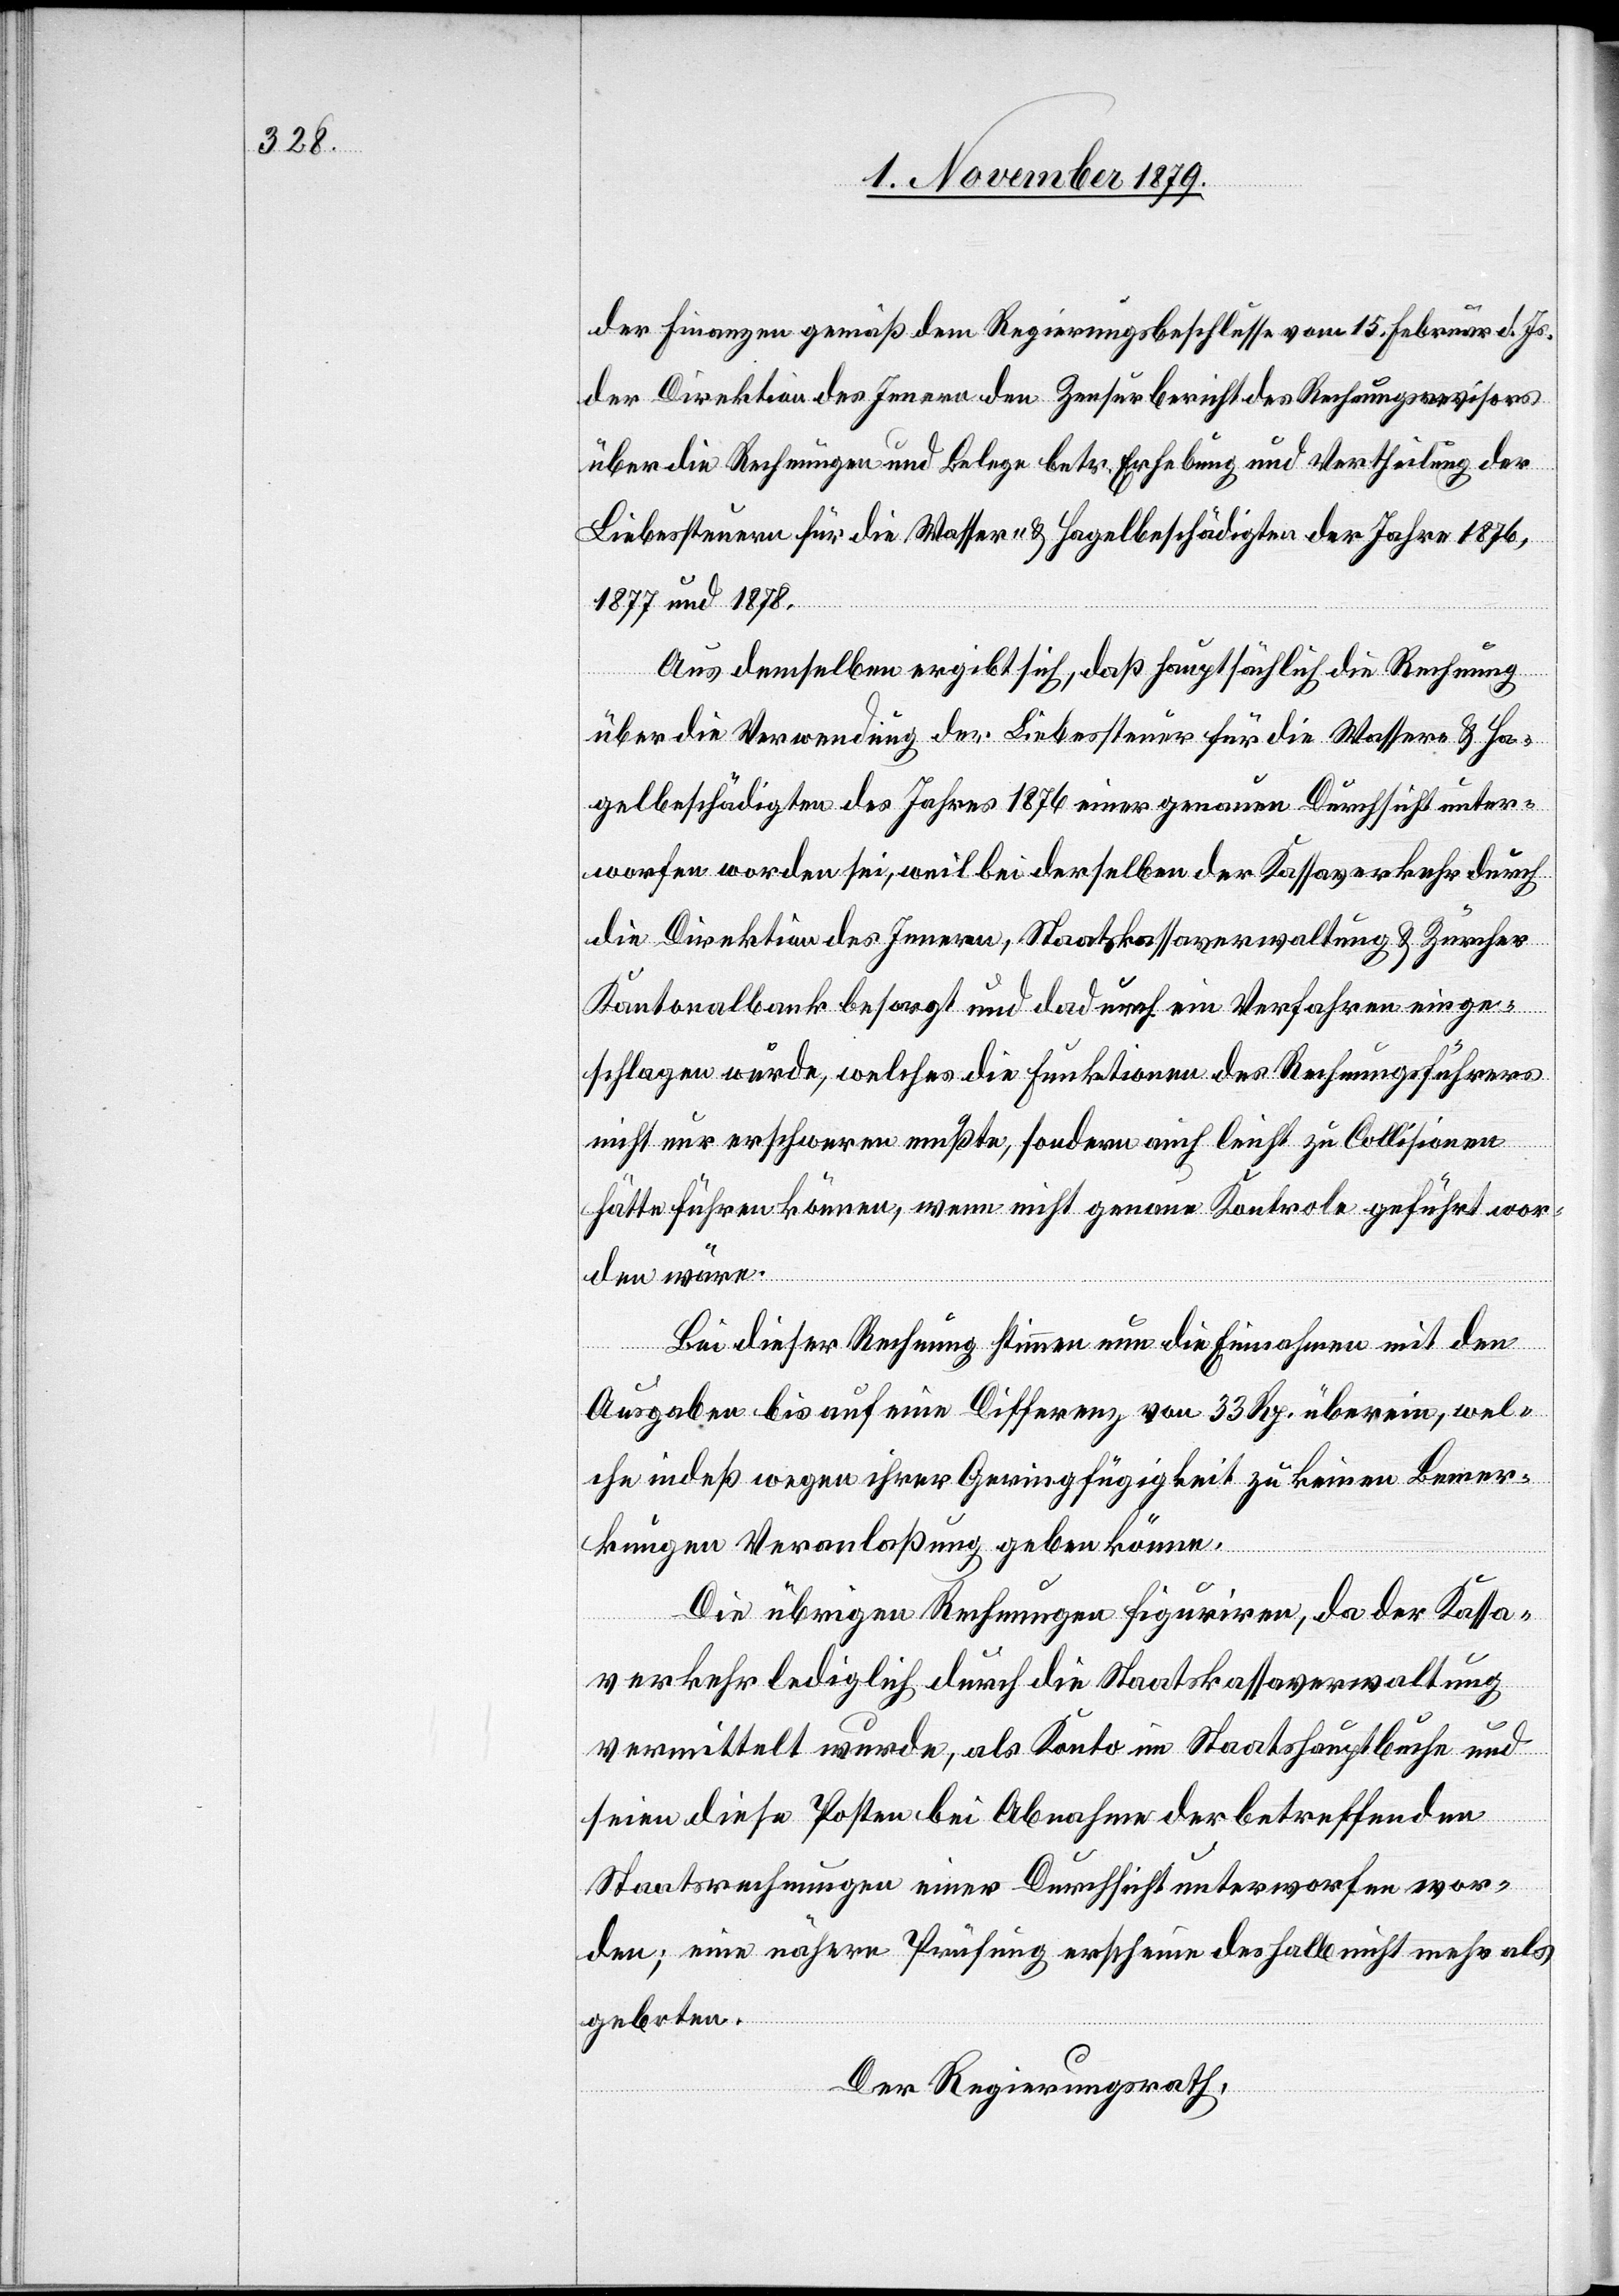
der Finanzen gemäß dem Regierungsbeschlusse vom 15. Februar d. Js.
der Direktion des Innern den Zensurbericht des Rechnungswesens
über die Rechnungen und Belege betr. Erhebung und Vertheidigung der
Liebessteuern für die Wasser- und Hagelbeschädigten der Jahre 1876,
1877 und 1878.
Aus demselben ergibt sich, daß hauptsächlich die Rechnung
über die Verwendung der Liebessteuer für die Wasser- & Ha¬
gelbeschädigten des Jahres 1876 einer genauen Durchsicht unter¬
worfen worden sei, weil bei derselben der Kassaverkehr durch
die Direktion des Innern, Staatskassaverwaltung & Zürcher
Kantonalbank besorgt und dadurch ein Verfahren einge¬
schlagen wurde, welches die Funktionen des Rechnungsführers
nicht nur erschweren mußte, sondern auch leicht zu Collisionen
hätte führen können, wenn nicht genaue Kontrole geführt wor¬
den wäre.
Bei dieser Rechnung stimmen nun die Einnahmen mit den
Ausgaben bis auf eine Differenz von 33 Rp. überein, wel¬
che indeß wegen ihrer Geringfügigkeit zu keinen Bemer¬
kungen Veranlaßung geben könne.
Die übrigen Rechnungen figuriren, da der Kassa¬
verkehr lediglich durch die Staatskassaverwaltung
vermittelt wurde, als Konto im Staatshauptbuche und
seien diese Posten bei Abnahme der betreffenden
Staatsrechnungen einer Durchsicht unterworfen wor¬
den; eine nähere Prüfung erscheine deshalb nicht mehr als
geboten.
Der Regierungsrath,